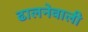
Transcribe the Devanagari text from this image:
ढालनेवाली